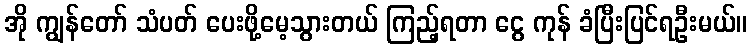
အို ကျွန်တော် သံပတ် ပေးဖို့မေ့သွားတယ် ကြည့်ရတာ ငွေ ကုန် ခံပြီးပြင်ရဦးမယ်။